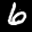
Label: 6